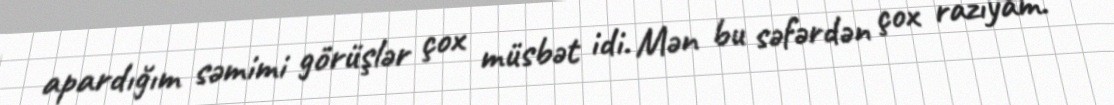
apardığım səmimi görüşlər çox müsbət idi. Mən bu səfərdən çox razıyam.